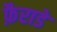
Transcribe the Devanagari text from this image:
फ़ैराडे